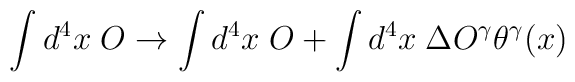
\int d^{4}x\; O\rightarrow \int d^{4}x\; O+\int d^{4}x\; \Delta O^{\gamma }\theta ^{\gamma }(x)